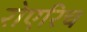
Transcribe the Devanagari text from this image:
रोएरिच